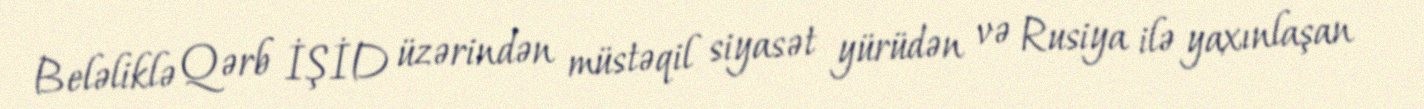
Beləliklə Qərb İŞİD üzərindən müstəqil siyasət yürüdən və Rusiya ilə yaxınlaşan